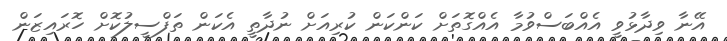
އޭނާ ވިދާޅުވީ އެއްބަސްވުމާ އެއްގޮތަށް ކަންކަން ކުރިއަށް ނުދާތީ އެކަން ތަފްސީލުކޮށް ހޮރައިޒަން